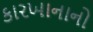
કારખાનાનો